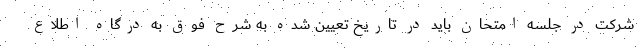
شرکت در جلسه امتحان باید در تاریخ تعیین شده به شرح فوق به درگاه اطلاع